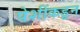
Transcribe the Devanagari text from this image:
पेशींकडून